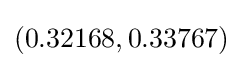
(0.32168,0.33767)